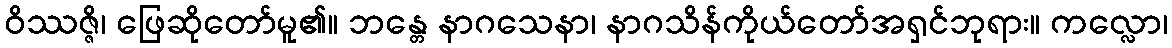
ဝိဿဇ္ဇိ၊ ဖြေဆိုတော်မူ၏။ ဘန္တေ နာဂသေနာ၊ နာဂသိန်ကိုယ်တော်အရှင်ဘုရား။ ကလ္လော၊